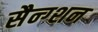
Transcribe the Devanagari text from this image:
सैन्ग्शन